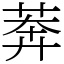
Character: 莾